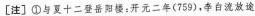
[注] ①与夏十二登岳阳楼：开元二年(759)，李白流放途